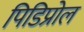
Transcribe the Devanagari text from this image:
पिडिप्रोल